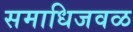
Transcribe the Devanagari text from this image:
समाधिजवळ